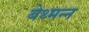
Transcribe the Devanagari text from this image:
बेथ्मन्न